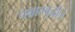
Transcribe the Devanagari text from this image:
पश्चातबुद्धीने